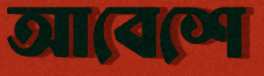
আবেশে